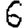
Digit: 6